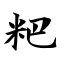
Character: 粑